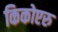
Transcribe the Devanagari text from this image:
किकोएरु